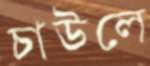
চাউলে